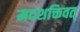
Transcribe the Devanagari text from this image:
मदशक्तिवत्